Vaccination United Provinces of Agra and Oudh 1914-1922 - 1914-1922
Year: 1914
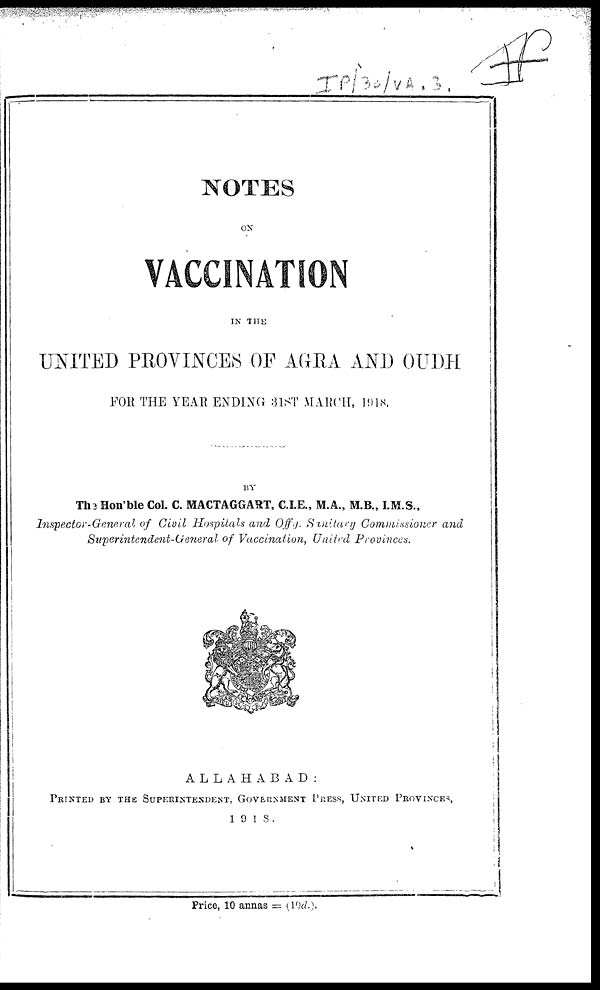
NOTES
ON
VACCINATION
IN THE
UNITED PROVINCES OF AGRA AND OUDH
FOR THE YEAR ENDING 31ST MARCH, 1918.
BY
The Hon'ble Col. C. MACTAGGART, C.I.E., M.A., M.B., I.M.S.,
Inspector-General
of Civil Hospitals and Offg. Sanitary Commissioner and
Superintendent-General
of Vaccination, United
Provinces.
ALLAHABAD:
PRINTED BY THE SUPERINTENDENT, GOVERNMENT PRESS, UNITED PROVINCES,
1918.
Price, 10 annas = (19d.).